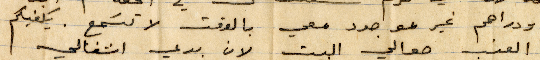
ودراهم غير موجود معي بالوقت لا تسمع. يكفيكم